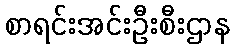
စာရင်းအင်းဦးစီးဌာန